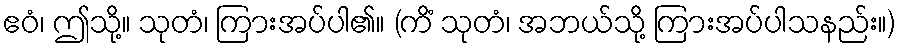
ဧဝံ၊ ဤသို့။ သုတံ၊ ကြားအပ်ပါ၏။ (ကိံ သုတံ၊ အဘယ်သို့ ကြားအပ်ပါသနည်း။)